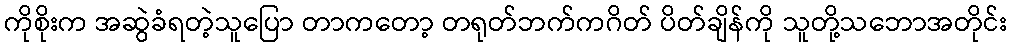
ကိုစိုးက အဆွဲခံရတဲ့သူပြော တာကတော့ တရုတ်ဘက်ကဂိတ် ပိတ်ချိန်ကို သူတို့သဘောအတိုင်း